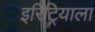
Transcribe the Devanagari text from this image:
इरिट्रियाला